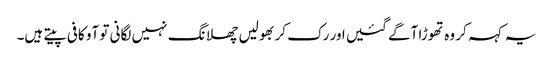
یہ کہہ کر وہ تھوڑا آگے گئیں اور رک کر بھولیں چھلانگ نہیں لگانی تو آو کافی پیتے ہیں۔